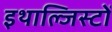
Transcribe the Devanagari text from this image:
इथाल्जिस्टों